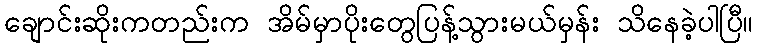
ချောင်းဆိုးကတည်းက အိမ်မှာပိုးတွေပြန့်သွားမယ်မှန်း သိနေခဲ့ပါပြီ။